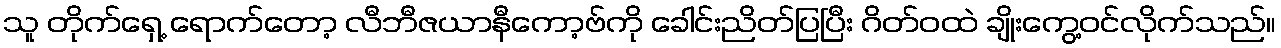
သူ တိုက်ရှေ့ ရောက်တော့ လီဘီဇယာနီကော့ဗ်ကို ခေါင်းညိတ်ပြပြီး ဂိတ်ဝထဲ ချိုးကွေ့ဝင်လိုက်သည်။